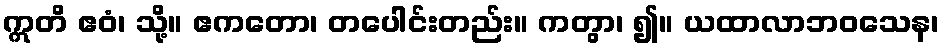
ဣတိ ဧဝံ၊ သို့။ ဧကတော၊ တပေါင်းတည်း။ ကတွာ၊ ၍။ ယထာလာဘဝသေန၊